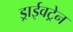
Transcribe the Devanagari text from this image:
ड्राईवट्रेन